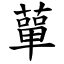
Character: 蕇